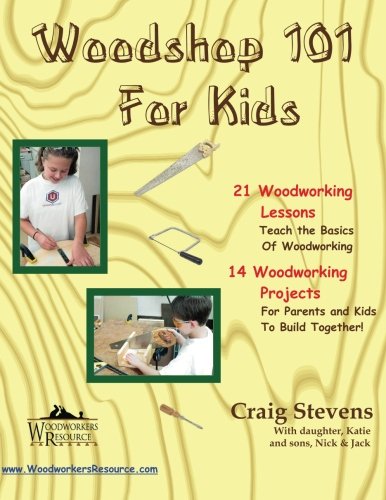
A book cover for Woodshop 101 For Kids: 21 Woodworking Lessons: Teach the Basics of Woodworking.  14 Woodworking Projects For Parents and Kids To Build Together; Craig Stevens; Crafts, Hobbies & Home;